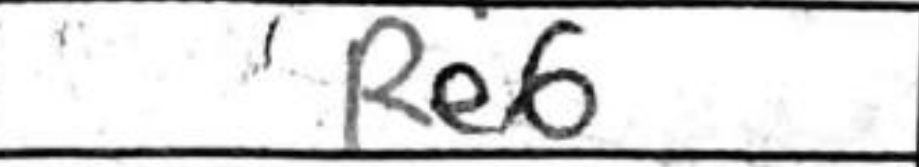
Transcription: Re6